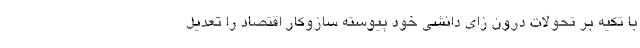
با تکیه بر تحولات درون­ زای دانشی خود پیوسته ساز­و­کار اقتصاد را تعدیل